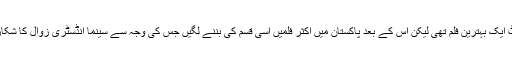
بلاشبہ مولا جٹ ایک بہترین فلم تھی لیکن اس کے بعد پاکستان میں اکثر فلمیں اسی قسم کی بننے لگیں جس کی وجہ سے سینما انڈسٹری زوال کا شکار ہوکر رہ گئی۔